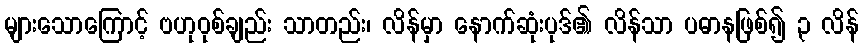
များသောကြောင့် ဗဟုဝုစ်ချည်း သာတည်း၊ လိန်မှာ နောက်ဆုံးပုဒ်၏ လိန်သာ ပဓာနဖြစ်၍ ၃ လိန်